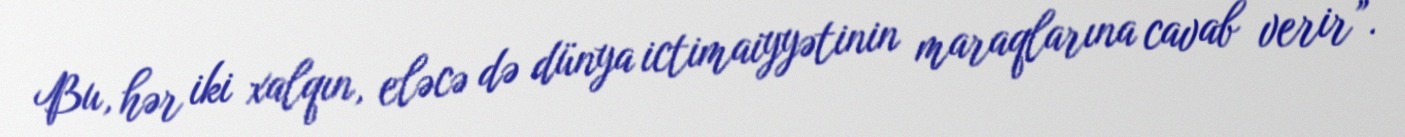
Bu, hər iki xalqın, eləcə də dünya ictimaiyyətinin maraqlarına cavab verir”.